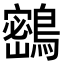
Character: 𪅮